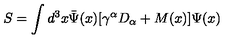
S = \int d ^ { 3 } x { \bar { \Psi } } ( x ) [ \gamma ^ { \alpha } D _ { \alpha } + M ( x ) ] \Psi ( x )